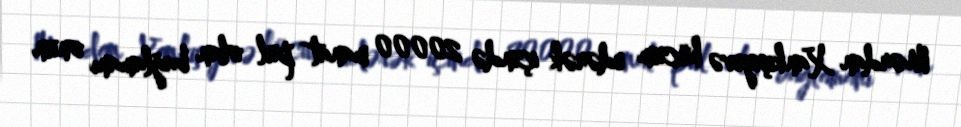
Mərdan Xankişiyevə hücum edərək içində 20000 manat pul olan bağlamanı onun